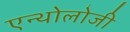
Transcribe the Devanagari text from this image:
एन्थोलोजी